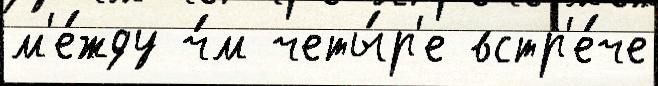
м'е́жду ч́м четы́р'е встр'е́че